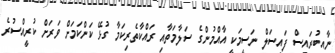
ނާއިބުރައީސް ފައިސަލް ނަސީމަކީ އާއްމުންގެ ސަލާމަތާއި ރައްކާތެރިކަމާ ގުޅޭ ކަންކަމަށް ވަރަށް ކުރީއްސުރެ